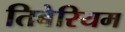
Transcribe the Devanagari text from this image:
तिबेरियम